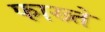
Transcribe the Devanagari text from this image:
फाख्ते